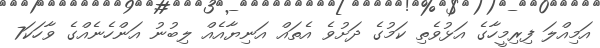
އަމިއްލަ ފިރިމީހާގެ އަޅުވެތި ކަމުގެ ދަށުވެ އެތައް އަނިޔާއެއް ލިބުނު އަންހެނެއްގެ ވާހަކަ7